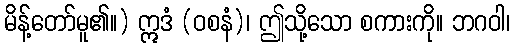
မိန့်တော်မူ၏။) ဣဒံ (ဝစနံ)၊ ဤသို့သော စကားကို။ ဘဂဝါ၊